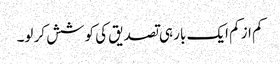
کم از کم ایک بار ہی تصدیق کی کوشش کر لو۔